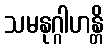
သမနုဂ္ဂါဟန္တိ